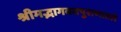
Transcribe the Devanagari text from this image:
श्रीमद्भागवतपुराणातले